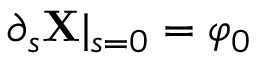
\partial _ { s } { \bf X } | _ { s = 0 } = \varphi _ { 0 }